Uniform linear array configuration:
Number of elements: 64
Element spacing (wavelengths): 0.75
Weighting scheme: exponential
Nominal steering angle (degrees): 60
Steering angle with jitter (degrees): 61.456
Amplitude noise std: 0.05
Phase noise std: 0.05

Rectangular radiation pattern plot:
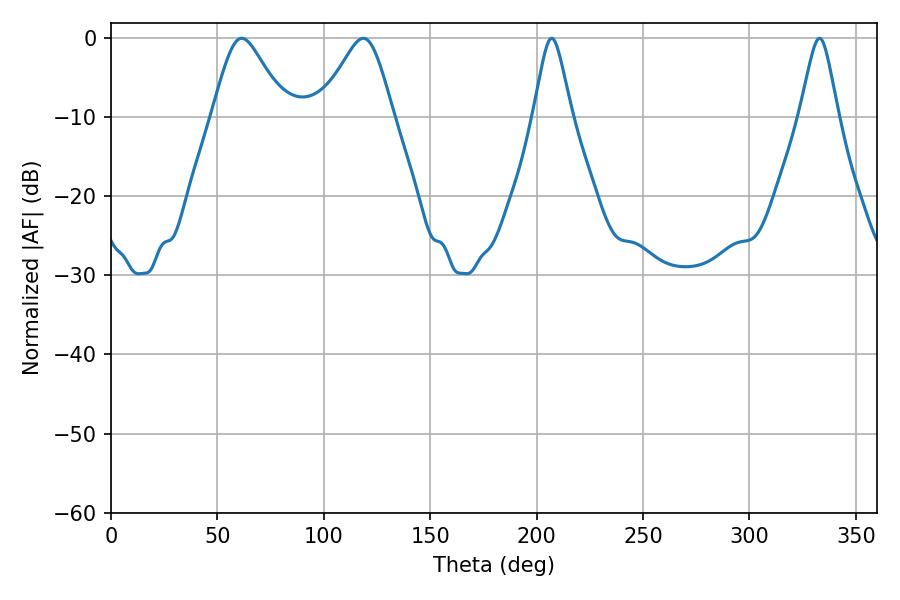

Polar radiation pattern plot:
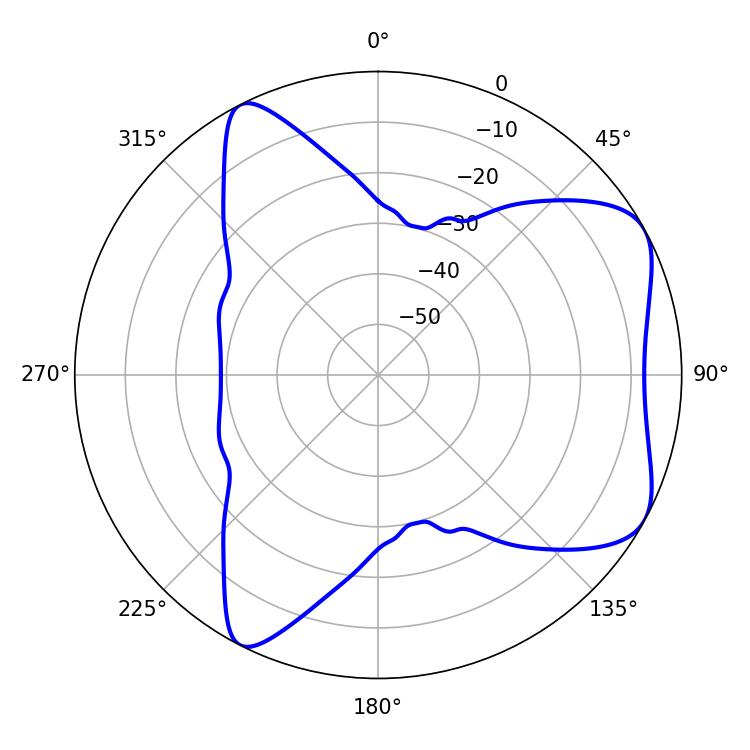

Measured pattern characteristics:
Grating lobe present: TRUE
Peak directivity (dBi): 6.2
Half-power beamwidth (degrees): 16.74
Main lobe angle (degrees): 61.38